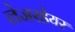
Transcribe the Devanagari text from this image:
लेजरडेयर